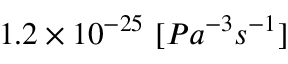
1 . 2 \times 1 0 ^ { - 2 5 } \ [ P a ^ { - 3 } s ^ { - 1 } ]